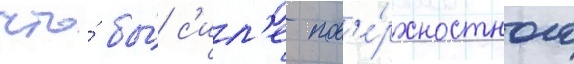
что́ бы́ с'ил'е пов'е́рхностного